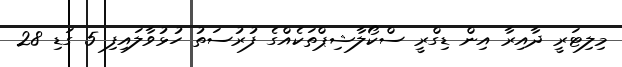
މިލިޓަރީ ދާއިރާ އިން ޑިގްރީ ސްކޯލާޝިޕްތަކެއްގެ ފުރުސަތު ހުޅުވާލައިފި 5 ގަޑި 28